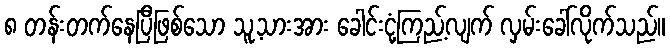
၈ တန်းတက်နေပြီဖြစ်သော သူ့သားအား ခေါင်းငုံ့ကြည့်လျက် လှမ်းခေါ်လိုက်သည်။